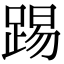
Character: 踢